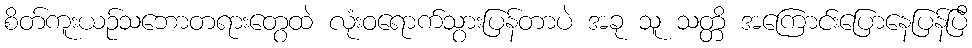
စိတ်ကူးယဉ်သဘောတရားတွေထဲ လုံးဝရောက်သွားပြန်တာပဲ အခု သူ သတ္တိ အကြောင်းပြောနေပြန်ပြီ